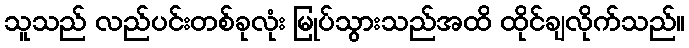
သူသည် လည်ပင်းတစ်ခုလုံး မြုပ်သွားသည်အထိ ထိုင်ချလိုက်သည်။